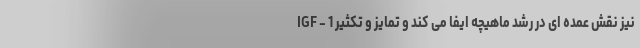
IGF - 1 نیز نقش عمده ای در رشد ماهیچه ایفا می کند و تمایز و تکثیر